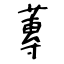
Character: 蓴